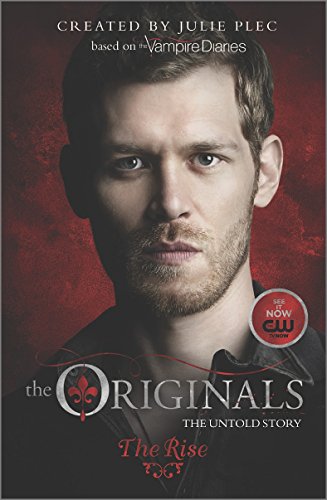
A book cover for The Originals: The Rise; Julie Plec; Romance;